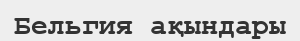
Бельгия ақындары